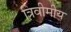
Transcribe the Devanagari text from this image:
त्रिवीमीय